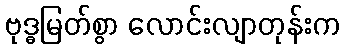
ဗုဒ္ဓမြတ်စွာ လောင်းလျာတုန်းက